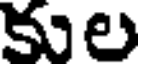
కుల